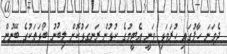
ދެވަނަ ހާފުގައި ހުރަވަޅި ވަނީ އެޓީމުގެ ކުޅުން ރަނގަޅުކޮށް ލިބުނު ބޯޅަތަކުގެ ބޭނުން